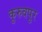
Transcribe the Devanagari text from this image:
कुरुवपुर